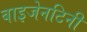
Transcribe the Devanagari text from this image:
बाइजेनटिनी